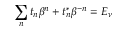
\sum _ { n } t _ { n } \beta ^ { n } + t _ { n } ^ { \ast } \beta ^ { - n } = E _ { \nu }